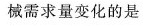
械需求量变化的是